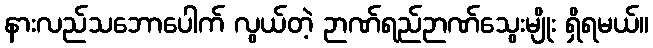
နားလည်သဘောပေါက် လွယ်တဲ့ ဉာဏ်ရည်ဉာဏ်သွေးမျိုး ရှိရမယ်။